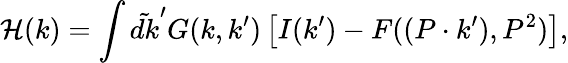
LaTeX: {\cal H}(k)=\int\tilde{dk}^{\prime}G(k,k^{\prime})\left[I(k^{\prime})-F((P\cdot k^{\prime}),P^{2})\right],